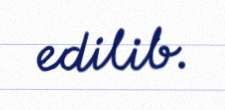
edilib.